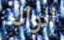
الوالد